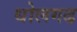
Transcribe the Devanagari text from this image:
धोलगढ